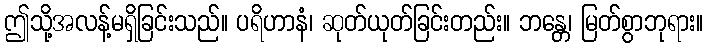
ဤသို့အလန့်မရှိခြင်းသည်။ ပရိဟာနံ၊ ဆုတ်ယုတ်ခြင်းတည်း။ ဘန္တေ၊ မြတ်စွာဘုရား။